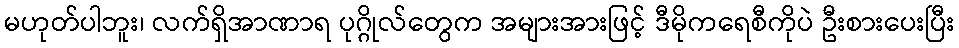
မဟုတ်ပါဘူး၊ လက်ရှိအာဏာရ ပုဂ္ဂိုလ်တွေက အများအားဖြင့် ဒီမိုကရေစီကိုပဲ ဦးစားပေးပြီး